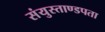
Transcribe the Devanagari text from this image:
संयुस्ताण्डपता